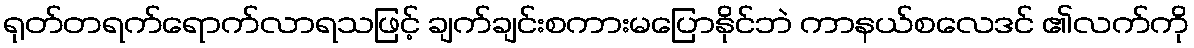
ရုတ်တရက်ရောက်လာရသဖြင့် ချက်ချင်းစကားမပြောနိုင်ဘဲ ကာနယ်စလေဒင် ၏လက်ကို